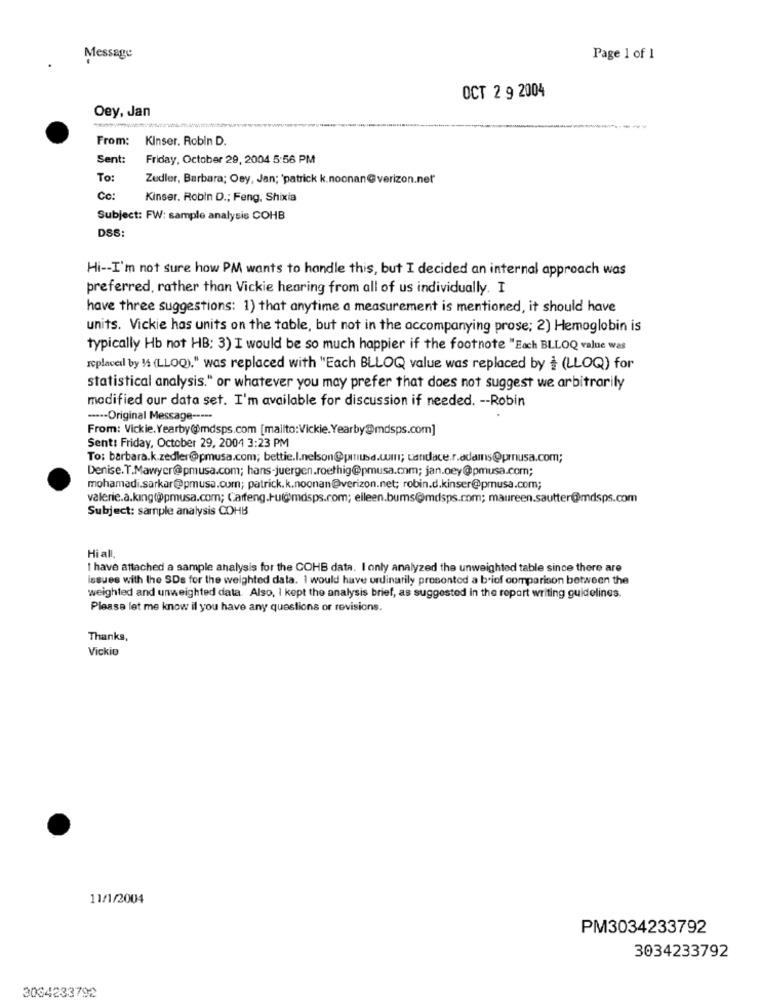
Message
Page 1 of 1
OCT 2 9 2004
Oey, Jan
From:
Kinser. Robin D.
Sent:
Friday, October 29, 2004 5:56 PM
To:
Zedler, Barbara; Osy, Jan; 'patrick k.noonan@ verizon.net"
Cc:
Kinser. Robin D .; Feng, Shixia
Subject: FW: sample analysis COHB
DSS:
Hi -- I'm not sure how PM wants to handle this, but I decided an internal approach was
preferred, rather than Vickie hearing from all of us individually. I
have three suggestions: 1) that anytime a measurement is mentioned, it should have
units. Vickie has units on the table, but not in the accompanying prose; 2) Hemoglobin is
typically Hb not HB: 3) I would be so much happier if the footnote "Each BLLOQ value was
replaced by 14 (LLOQ)." was replaced with "Each BLLOQ value was replaced by + (LLOQ) for
statistical analysis." or whatever you may prefer that does not suggest we arbitrarily
modified our data set. I'm available for discussion if needed. -- Robin
----- Original Message -----
From: Vickie. Yearby@@mdsps.com [mailto:Vickie.Yearby@mdsps.com]
Sent: Friday, October 29, 2004 3:23 PM
To: barbara.k.zedler@pmusa.com; bettie.l.nelson@prusa.cum; candace.r.adams@prnusa.com;
Denise.T.Mawycr@pmusa.com; hans-juergen.roethig@pmusa.com; jan.oey@pmusa.com;
mohamadi.sarkar@pmusa.cum; patrick.k.noonan@verizon.net; robin.d.kinser@pmusa.com;
valerie.a.king(@)pmusa.com; Carfeng.Hu@mdsps.com; elleen.bums@mdsps.mom; maureen.sautter@mdsps.com
Subject: sample analysis COHB
Hi all
I have attached a sample analysis for the COHB data. I only analyzed the unweighted table since there are
issues with the SDs for the weighted data. I would have ordinarily prosontod a biof comparison between the
weighted and unweighted data. Also, I kept the analysis brief, as suggested in the report writing guidelines.
Please let me know il you have any questions or revisions.
Thanks,
Vickie
11/1/2004
PM3034233792
3034233792
3034233792